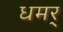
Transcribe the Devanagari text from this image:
धमर्